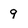
Character: 9